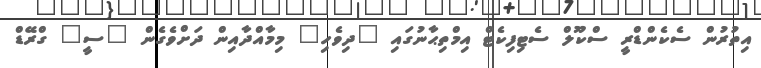
އިތުރުން ސެކެންޑްރީ ސްކޫލް ސެޓިފިކެޓް އިމްތިޙާނުގައި "ދިވެހި" މިމާއްދާއިން ދަށްވެގެން "ސީ" ގްރޭޑް